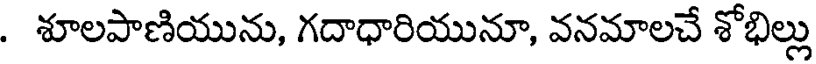
. శూలపాణియును, గదాధారియునూ, వనమాలచే శోభిల్లు